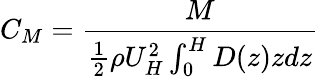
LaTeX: C_{M}=\frac{M}{\frac{1}{2}\rho U_{H}^{2}\int_{0}^{H}D(z)zdz}